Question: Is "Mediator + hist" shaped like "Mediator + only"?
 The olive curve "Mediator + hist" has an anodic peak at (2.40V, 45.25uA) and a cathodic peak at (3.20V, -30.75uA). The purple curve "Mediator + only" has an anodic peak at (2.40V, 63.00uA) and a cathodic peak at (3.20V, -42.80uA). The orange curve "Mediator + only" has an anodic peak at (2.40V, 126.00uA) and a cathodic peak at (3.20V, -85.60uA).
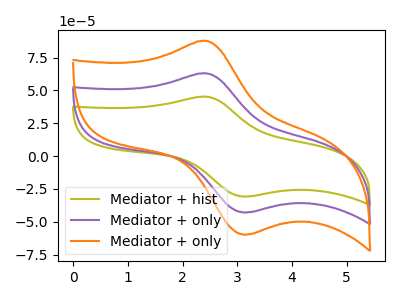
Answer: <think>All the peaks in "Mediator + hist" have a peak in "Mediator + only" at the same potential. Every peak in "Mediator + hist" is lower than every peak in "Mediator + only".
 </think>
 <answer>"Mediator + hist" and "Mediator + only" are similar in shape.</answer>
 <eval>same_shape</eval>